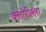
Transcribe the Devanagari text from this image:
क्लोरील्ला